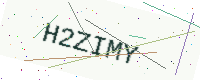
Text: H2ZIMY